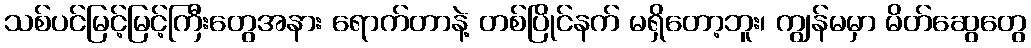
သစ်ပင်မြင့်မြင့်ကြီးတွေအနား ရောက်တာနဲ့ တစ်ပြိုင်နက် မရှိတော့ဘူး၊ ကျွန်မမှာ မိတ်ဆွေတွေ